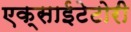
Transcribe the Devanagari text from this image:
एक्साईटेटोरी